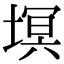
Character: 塓